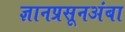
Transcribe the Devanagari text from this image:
ज्ञानप्रसूनअंबा